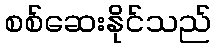
စစ်ဆေးနိုင်သည်